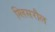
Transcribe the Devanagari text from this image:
ग्लिसरौल